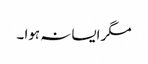
مگر ایسا نہ ہوا ۔